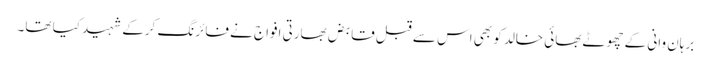
برہان وانی کے چھوٹے بھائی خالد کو بھی اس سے قبل قابض بھارتی افواج نے فائرنگ کرکے شہید کیا تھا۔